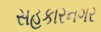
સહકારનગર